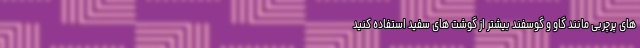
های پرچربی مانند گاو و گوسفند بیشتر از گوشت های سفید استفاده کنید